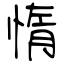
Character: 惰